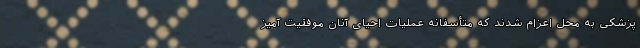
پزشکی به محل اعزام شدند که متأسفانه عملیات احیای آنان موفقیت آمیز